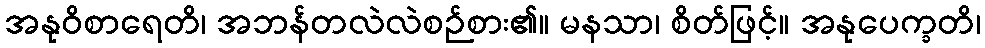
အနုဝိစာရေတိ၊ အဘန်တလဲလဲစဉ်စား၏။ မနသာ၊ စိတ်ဖြင့်။ အနုပေက္ခတိ၊